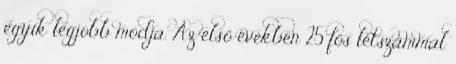
egyik legjobb módja. Az első években 25 fős létszámmal